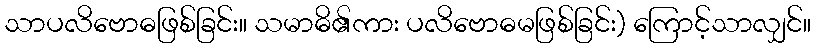
သာပလိဗောဓဖြစ်ခြင်း။ သမာဓိ၏ကား ပလိဗောဓမဖြစ်ခြင်း) ကြောင့်သာလျှင်။